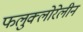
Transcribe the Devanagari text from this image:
फलुक्‍लोरेलीन